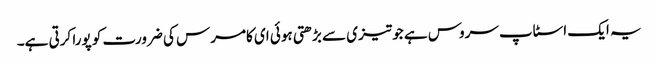
یہ ایک اسٹاپ سروس ہے جو تیزی سے بڑھتی ہوئی ای کامرس کی ضرورت کو پورا کرتی ہے۔